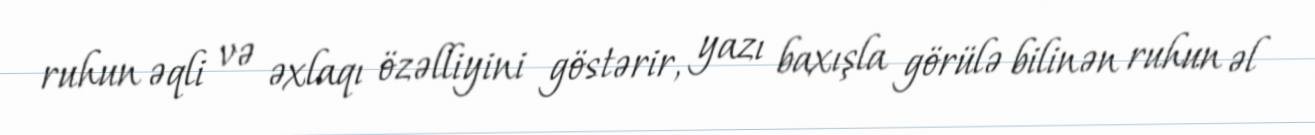
ruhun əqli və əxlaqı özəlliyini göstərir, yazı baxışla görülə bilinən ruhun əl